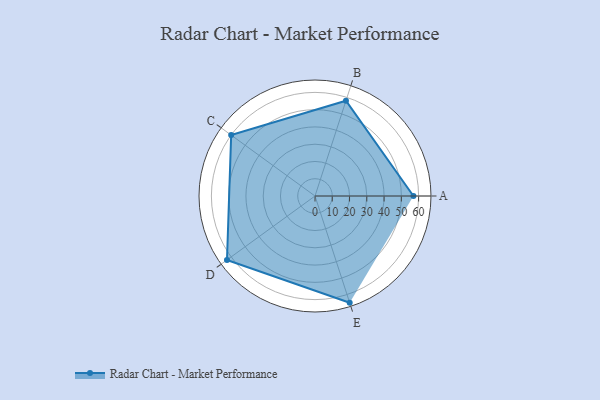
{"axis": {"x": "Skill", "y": "Score"}, "legend": ["Profile"], "data": [{"x": "A", "y": 57.0, "type": "Profile"}, {"x": "B", "y": 58.0, "type": "Profile"}, {"x": "C", "y": 60.0, "type": "Profile"}, {"x": "D", "y": 63.0, "type": "Profile"}, {"x": "E", "y": 65.0, "type": "Profile"}]}